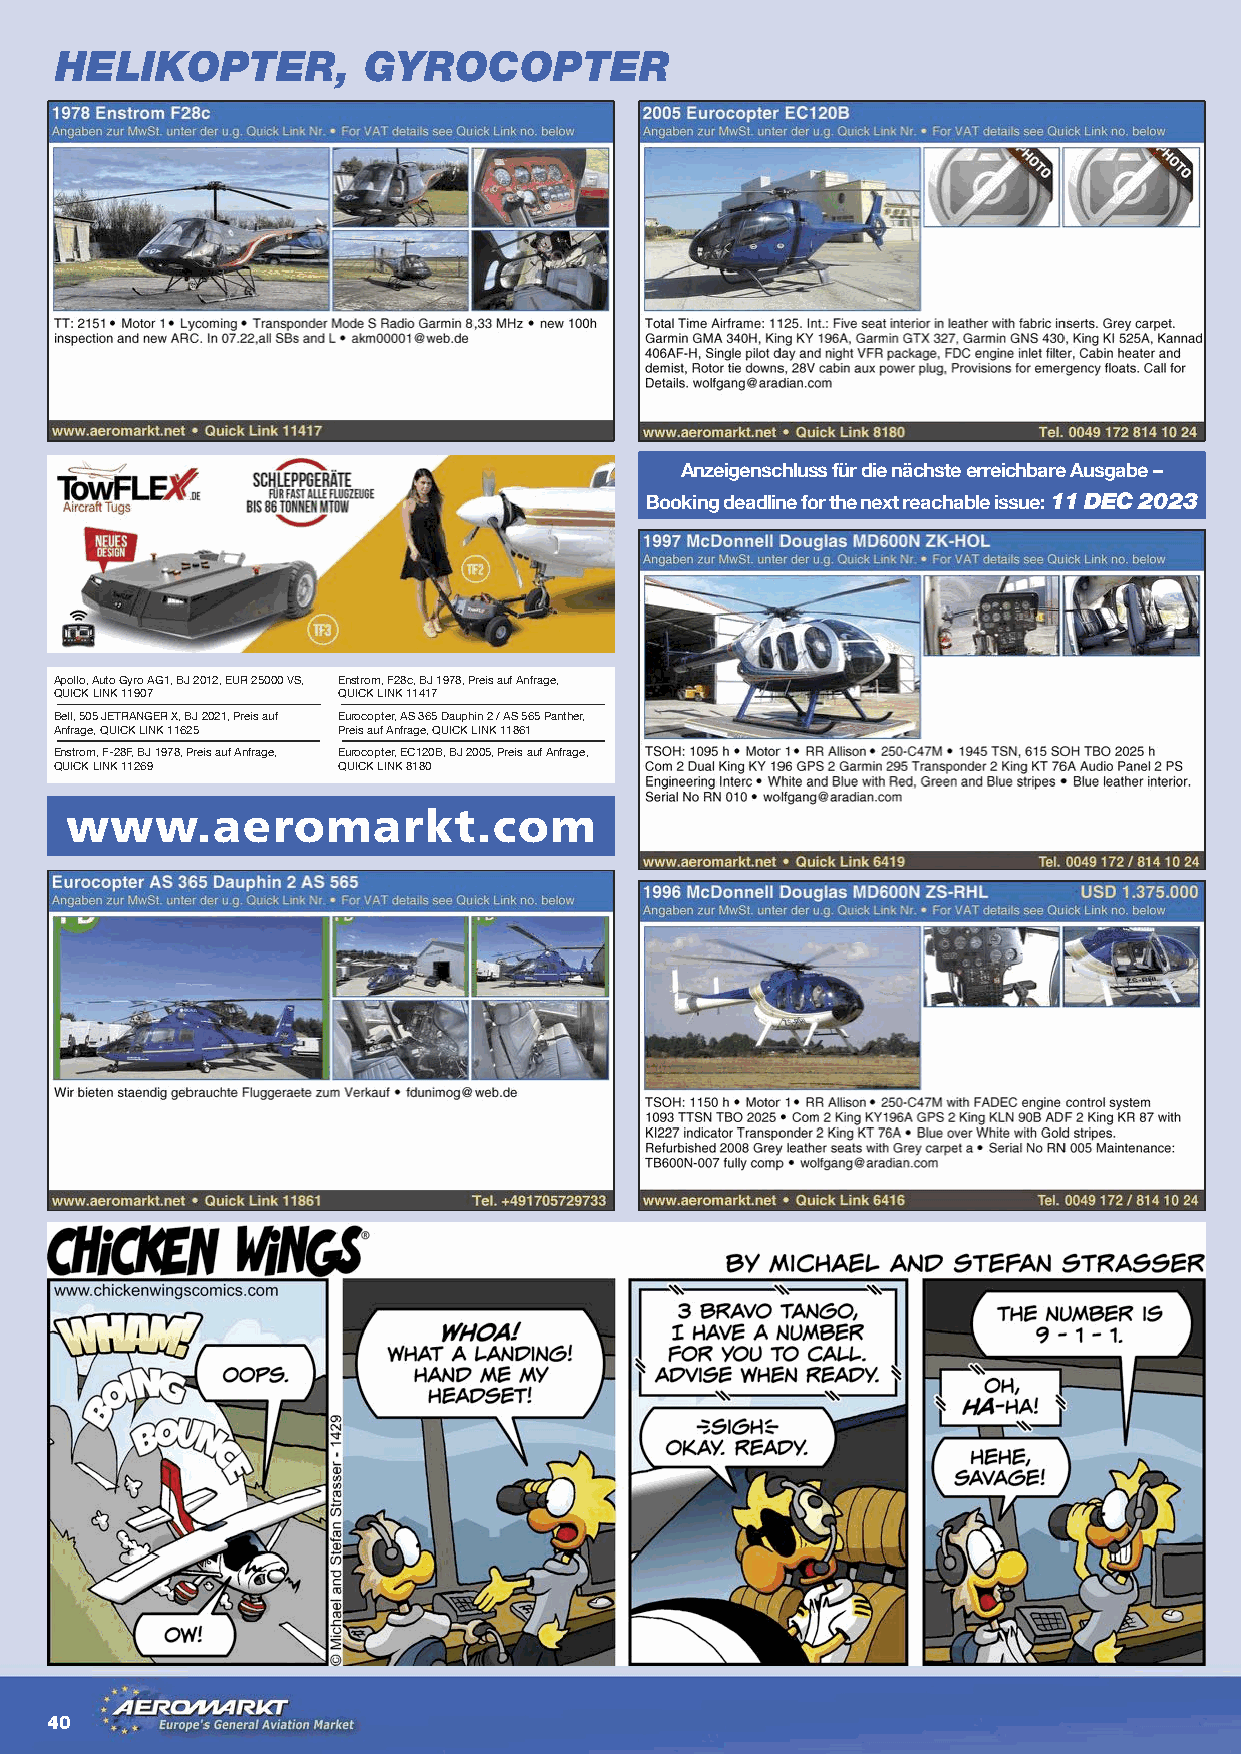
HELIKOPTER,         GYROCOPTER
 Anzeigenschluss für die nächste erreichbare Ausgabe –
 Booking deadline for the next reachable issue: 11 DEC 2023
 Apollo, Auto Gyro AG1, BJ 2012, EUR 25000 VS, Enstrom, F28c, BJ 1978, Preis auf Anfrage,
 QUICK LINK 11907  QUICK LINK 11417
 Bell, 505 JETRANGER X, BJ 2021, Preis auf Eurocopter, AS 365 Dauphin 2 / AS 565 Panther,
 Anfrage, QUICK LINK 11625 Preis auf Anfrage, QUICK LINK 11861
 Enstrom, F-28F, BJ 1978, Preis auf Anfrage, Eurocopter, EC120B, BJ 2005, Preis auf Anfrage,
 QUICK LINK 11269  QUICK LINK 8180
 www.aeromarkt.com
 40